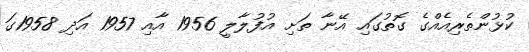
ކުޅުންތެރިއެއްގެ ގޮތުގައި އޭނާ ތަށި އުފުލާލީ 1956 އާއި 1957 އަދި 1958ގަ